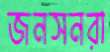
জনসনরা